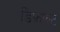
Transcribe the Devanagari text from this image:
डिफ़ाल्ट